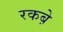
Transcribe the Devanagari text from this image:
रकबे़